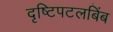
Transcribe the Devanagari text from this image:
दृष्टिपटलबिंब